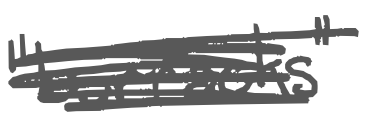
Text: "barracks"
Cross-out: mix
Writing tool: digital_gray